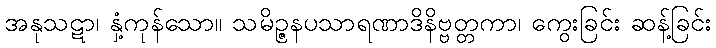
အနုသဋာ၊ နှံ့ကုန်သော။ သမိဉ္ဇနပသာရဏာဒိနိဗ္ဗတ္တကာ၊ ကွေးခြင်း ဆန့်ခြင်း